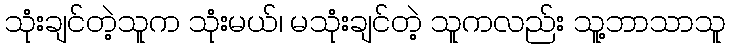
သုံးချင်တဲ့သူက သုံးမယ်၊ မသုံးချင်တဲ့ သူကလည်း သူ့ဘာသာသူ